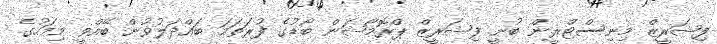
ފިޝަރީޒް މިނިސްޓްރީން ބުނީ ފިޝަރީޒް ޕްރޮމޯޝަން ބޯޑުގެ ފުރަތަމަ ބައްދަލުވުން ބޭއްވީ މިމަހުގެ